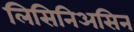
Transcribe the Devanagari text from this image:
लिसिनिअसिन